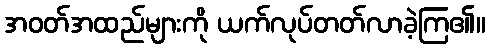
အဝတ်အထည်များကို ယက်လုပ်တတ်လာခဲ့ကြ၏။